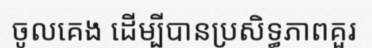
ចូលគេង ដើម្បីបានប្រសិទ្ធភាពគួរ